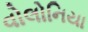
વોલોનિયા